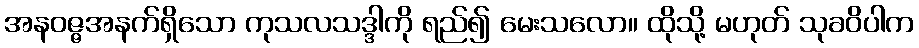
အနဝဇ္ဇအနက်ရှိသော ကုသလသဒ္ဒါကို ရည်၍ မေးသလော။ ထိုသို့ မဟုတ် သုခဝိပါက